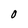
Character: O